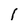
Character: 1